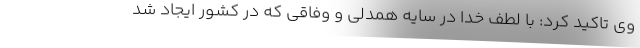
وی تاکید کرد: با لطف خدا در سایه همدلی و وفاقی که در کشور ایجاد شد